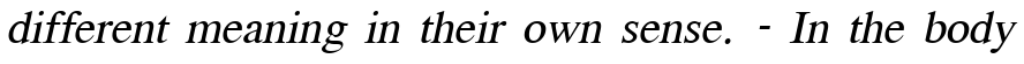
different meaning in their own sense. - In the body